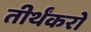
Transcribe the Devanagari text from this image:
तीर्थंकरो